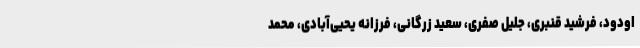
اودود، فرشید قنبری، جلیل صفری، سعید زرگانی، فرزانه یحیی‌آبادی، محمد